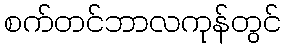
စက်တင်ဘာလကုန်တွင်